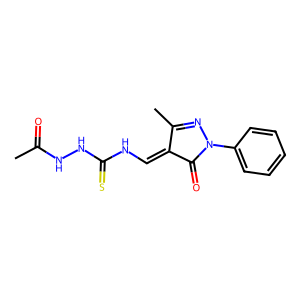
SMILES: CC(=O)NNC(=S)NC=C1C(=O)N(c2ccccc2)N=C1C
Inhibits HIV replication: No